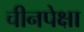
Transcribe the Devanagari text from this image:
चीनपेक्षा